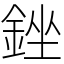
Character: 銼